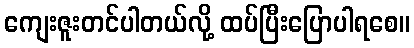
ကျေးဇူးတင်ပါတယ်လို့ ထပ်ပြီးပြောပါရစေ။